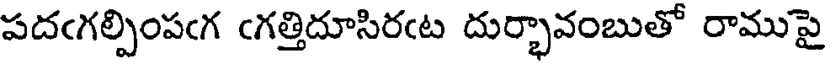
పదఁగల్పింపఁగ ఁగత్తిదూసిరఁట దుర్భావంబుతో రాముపై